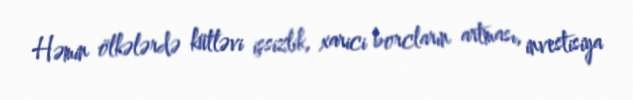
Həmin ölkələrdə kütləvi işsizlik, xarici borcların artması, investisiya